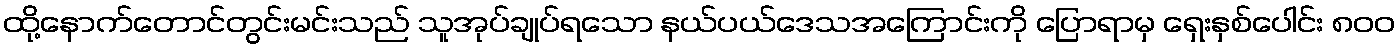
ထို့နောက်တောင်တွင်းမင်းသည် သူအုပ်ချုပ်ရသော နယ်ပယ်ဒေသအကြောင်းကို ပြောရာမှ ရှေးနှစ်ပေါင်း ၈၀၀